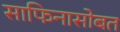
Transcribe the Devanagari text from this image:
साफिनासोबत